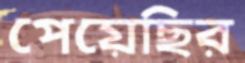
পেয়েছির